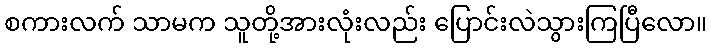
စကားလက် သာမက သူတို့အားလုံးလည်း ပြောင်းလဲသွားကြပြီလော။